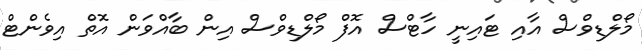
މޯލްޑިވްސް އާއި ޓައިނީ ހާޓްސް އޮފް މޯލްޑިވްސް އިން ބާއްވަން އޮތް އިވެންޓް